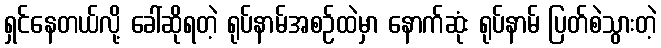
ရှင်နေတယ်လို့ ခေါ်ဆိုရတဲ့ ရုပ်နာမ်အစဉ်ထဲမှာ နောက်ဆုံး ရုပ်နာမ် ပြတ်စဲသွားတဲ့